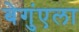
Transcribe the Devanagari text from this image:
बेगुंएला